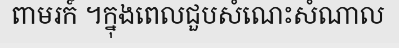
ពាមរក៍ ។ក្នុងពេលជួបសំណេះសំណាល